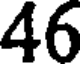
46